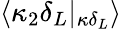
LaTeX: \langle\kappa_{2}\delta_{L}|_{\kappa\delta_{L}}\rangle